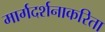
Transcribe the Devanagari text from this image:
मार्गदर्शनाकरिता